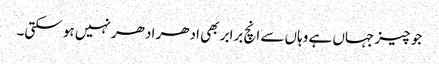
جو چیز جہاں ہے وہاں سے انچ برابر بھی ادھر ادھر نہیں ہو سکتی۔